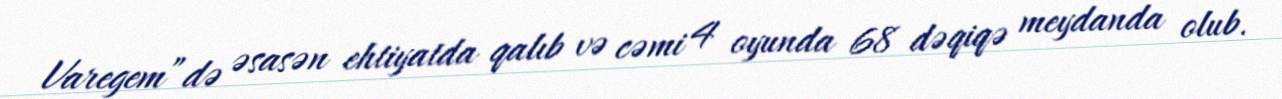
Varegem”də əsasən ehtiyatda qalıb və cəmi 4 oyunda 68 dəqiqə meydanda olub.